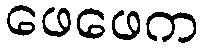
ဖေဖေက